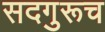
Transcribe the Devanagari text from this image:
सदगुरूच